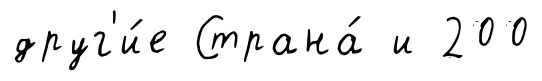
друг'и́е Страна́ и 200